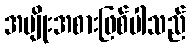
အမျိုးအစားဖြစ်ပါသည်